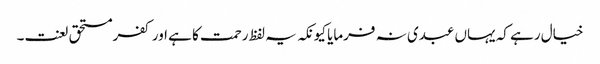
خیال رہے کہ یہاں عبدی نہ فرمایا کیونکہ یہ لفظ رحمت کا ہے اور کفرمستحق لعنت۔